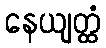
နေယျတ္ထံ